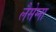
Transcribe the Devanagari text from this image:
लैसेग्ना